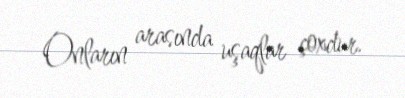
Onların arasında uşaqlar çoxdur.